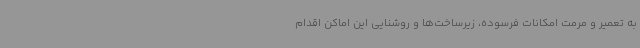
به تعمیر و مرمت امکانات فرسوده، زیرساخت‌ها و روشنایی این اماکن اقدام